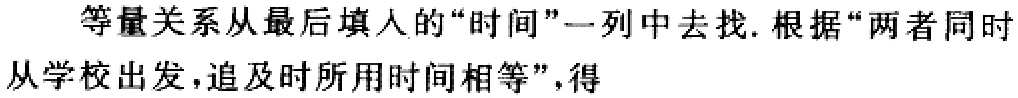
等量关系从最后填人的“时间”一列中去找.根据“两者同时从学校出发,追及时所用时间相等”,得